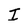
Character: I